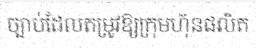
ច្បាប់ដែលតម្រូវឱ្យក្រុមហ៊ុនផលិត